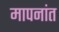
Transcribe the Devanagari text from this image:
मापनांत